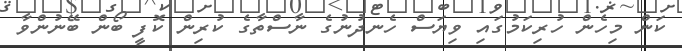
ކަން މިހެން ހުރިކަމުގައި ވިޔަސް ހެނދުނުގެ ނާސްތާގެ ކުރިން ކޮފީ ބޯން ބޭނުންވާ